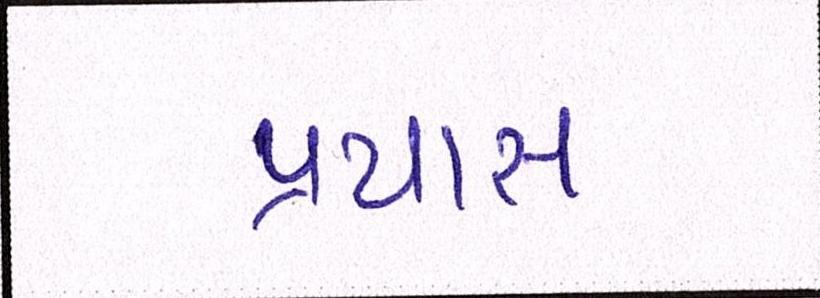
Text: પ્રયાસ